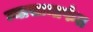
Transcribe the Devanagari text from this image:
न्यासामार्फत